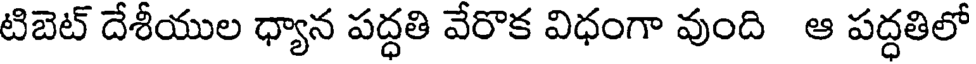
టిబెట్ దేశీయుల ధ్యాన పద్ధతి వేరొక విధంగా వుంది ఆ పద్ధతిలో